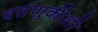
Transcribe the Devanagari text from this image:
वर्तणुकीशी